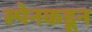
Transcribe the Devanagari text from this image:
स्पेनकडून